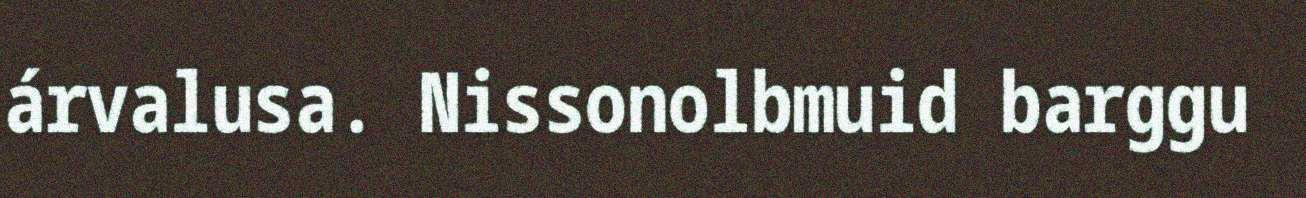
árvalusa. Nissonolbmuid barggu